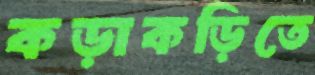
কড়াকড়িতে